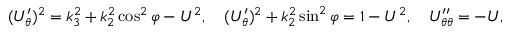
\begin{array} { r } { ( U _ { \theta } ^ { \prime } ) ^ { 2 } = k _ { 3 } ^ { 2 } + k _ { 2 } ^ { 2 } \cos ^ { 2 } \varphi - U ^ { 2 } , \quad ( U _ { \theta } ^ { \prime } ) ^ { 2 } + k _ { 2 } ^ { 2 } \sin ^ { 2 } \varphi = 1 - U ^ { 2 } , \quad U _ { \theta \theta } ^ { \prime \prime } = - U , } \end{array}